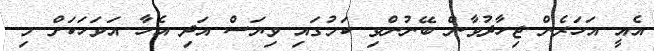
އެއީ އަހަރެން ޖިހާދުވާން ބޭނުންވި ކަމުގައި ވިޔަސް އަދި އެހާ އަވަހަކަށް މި